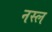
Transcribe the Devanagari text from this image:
नस्‍ल